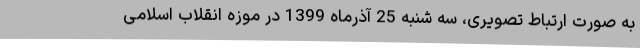
به صورت ارتباط تصویری، سه شنبه 25 آذرماه 1399 در موزه انقلاب اسلامی